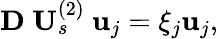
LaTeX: \mathbf{D}\ \mathbf{U}_{s}^{(2)}\ \mathbf{u}_{j}=\xi_{j}\mathbf{u}_{j},